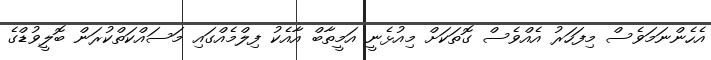
އެހެންނަމަވެސް މިފަހަރު އެއްވެސް ގޮތަކަށް މިއުޅެނީ އަމީތާބް އާއެކު ފިލްމެއްގައި މަސައްކަތްކުރަން ބޮލީވުޑްގެ